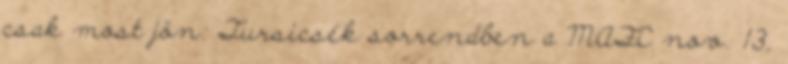
csak most jön: Tursicsék sorrendben a MAFC nov. 13,